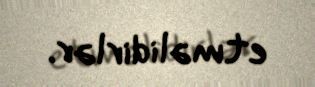
etməlidirlər.